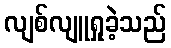
လျစ်လျူရှုခဲ့သည်